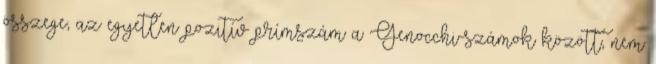
összege, az egyetlen pozitív prímszám a Genocchi-számok között, nem